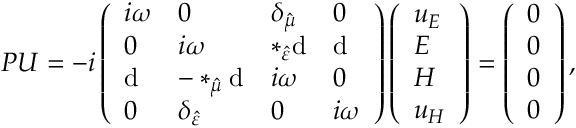
P U = - i \left( \begin{array} { l l l l } { i \omega } & { 0 } & { \delta _ { \hat { \mu } } } & { 0 } \\ { 0 } & { i \omega } & { \ast _ { \hat { \varepsilon } } \mathrm { d } } & { \mathrm { d } } \\ { \mathrm { d } } & { - \ast _ { \hat { \mu } } \mathrm { d } } & { i \omega } & { 0 } \\ { 0 } & { \delta _ { \hat { \varepsilon } } } & { 0 } & { i \omega } \end{array} \right) \left( \begin{array} { l } { u _ { E } } \\ { E } \\ { H } \\ { u _ { H } } \end{array} \right) = \left( \begin{array} { l } { 0 } \\ { 0 } \\ { 0 } \\ { 0 } \end{array} \right) ,